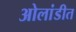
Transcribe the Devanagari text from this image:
ओलांडीत